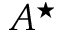
A ^ { \star }